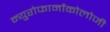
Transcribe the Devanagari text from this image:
न्युरोफार्मोकोलोजी